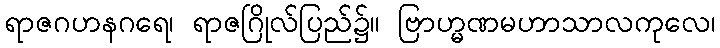
ရာဇဂဟနဂရေ၊ ရာဇဂြိုလ်ပြည်၌။ ဗြာဟ္မဏမဟာသာလကုလေ၊